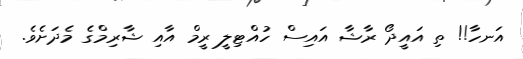
އަނހާ!! ތި އައީދޯ ރާޝާ އައިސް ހުއްޓިލީ ރީމް އާއި ޝާރިމްގެ މެދަށެވެ.